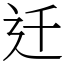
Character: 迁